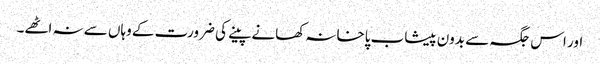
اور اس جگہ سے بدون پیشاب پاخانہ کھانے پینے کی ضرورت کے وہاں سے نہ اٹھے۔